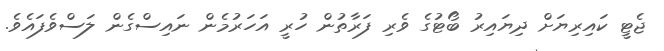
ޖެޓީ ކައިރިޔަށް ދިޔައިރު ބޯޓުގެ ވެރި ފަރާތުން ހުރީ އަހަރުމެން ނައިސްގެން ލަސްވެފައެވެ.